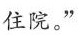
住院。”